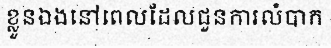
ខ្លួនឯងនៅពេលដែលជួនការលំបាក